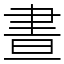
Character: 晝